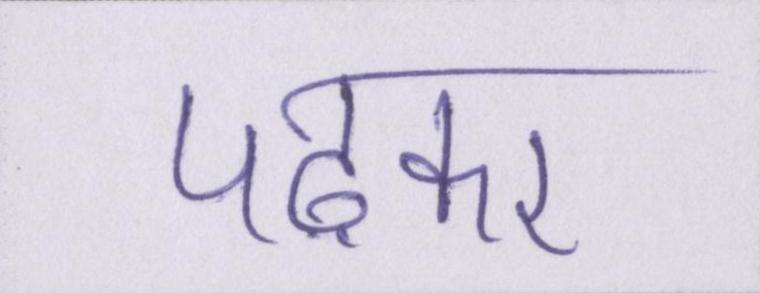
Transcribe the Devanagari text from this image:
पढ़कर